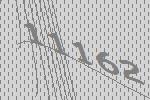
11162